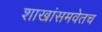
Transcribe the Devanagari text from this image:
शाखांसमवेतच